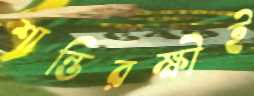
শান্তিরক্ষীই